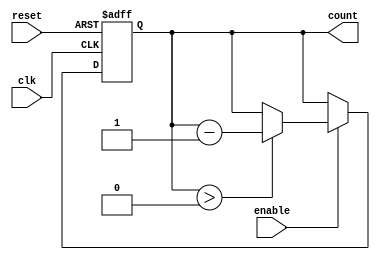
module MemoryBlocksDownCounter #(
    parameter COUNT_WIDTH = 4, // Width of the counter (number of bits)
    parameter INITIAL_VALUE = 15 // Predefined initial value
)(
    input wire clk,               // Clock signal
    input wire reset,             // Asynchronous reset signal
    input wire enable,            // Control signal to decrement the counter
    output reg [COUNT_WIDTH-1:0] count // Current value of the counter
);

    // Asynchronous reset
    always @(posedge clk or posedge reset) begin
        if (reset) begin
            count <= INITIAL_VALUE; // Load initial value on reset
        end else if (enable) begin
            if (count > 0) begin
                count <= count - 1; // Decrement counter
            end
            // If count is 0, it remains at 0 until reset or enable is turned off
        end
    end

endmodule